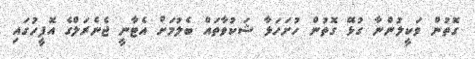
ގޮތުން ވަކީލުންނާ ގުޅޭ ގޮތުން ހުށަހަޅާ ޝަކުވާތައް ބެލުމަށް އެޓާނީ ޖެނެރަލްގެ އޮފީހުގައި